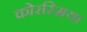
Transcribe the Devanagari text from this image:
कोरस्मिया